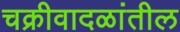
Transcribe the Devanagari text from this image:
चक्रीवादळांतील